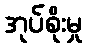
အုပ်စိုးမှု